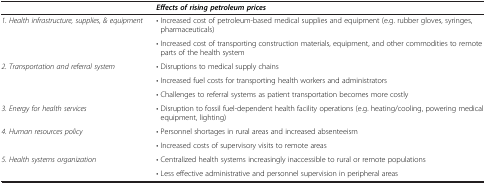
<table><thead><tr><td><b> </b></td><td><b><i>Effects of rising petroleum prices</i></b></td></tr></thead><tbody><tr><td rowspan="2"><i>1. Health infrastructure, supplies, &amp; equipment</i></td><td>• Increased cost of petroleum-based medical supplies and equipment (e.g. rubber gloves, syringes, pharmaceuticals)</td></tr><tr><td>• Increased cost of transporting construction materials, equipment, and other commodities to remote parts of the health system</td></tr><tr><td rowspan="3"><i>2. Transportation and referral system</i></td><td>• Disruptions to medical supply chains</td></tr><tr><td>• Increased fuel costs for transporting health workers and administrators</td></tr><tr><td>• Challenges to referral systems as patient transportation becomes more costly</td></tr><tr><td><i>3. Energy for health services</i></td><td>• Disruption to fossil fuel-dependent health facility operations (e.g. heating/cooling, powering medical equipment, lighting)</td></tr><tr><td rowspan="2"><i>4. Human resources policy</i></td><td>• Personnel shortages in rural areas and increased absenteeism</td></tr><tr><td>• Increased costs of supervisory visits to remote areas</td></tr><tr><td><i>5. Health systems organization</i></td><td>• Centralized health systems increasingly inaccessible to rural or remote populations</td></tr><tr><td> </td><td>• Less effective administrative and personnel supervision in peripheral areas</td></tr></tbody></table>